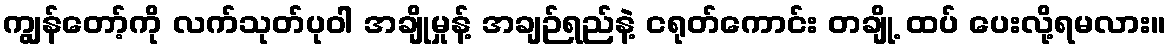
ကျွန်တော့်ကို လက်သုတ်ပုဝါ အချိုမှုန့် အချဉ်ရည်နဲ့ ငရုတ်ကောင်း တချို့ ထပ် ပေးလို့ရမလား။